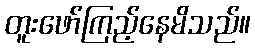
တူးဖော်ကြည့်နေမိသည်။